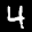
Digit: 4